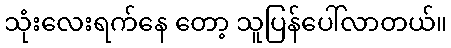
သုံးလေးရက်နေ တော့ သူပြန်ပေါ်လာတယ်။